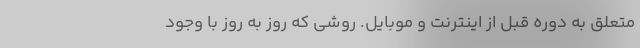
متعلق به دوره قبل از اینترنت و موبایل. روشی که روز به روز با وجود